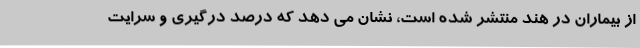
از بیماران در هند منتشر شده است، نشان می دهد که درصد درگیری و سرایت